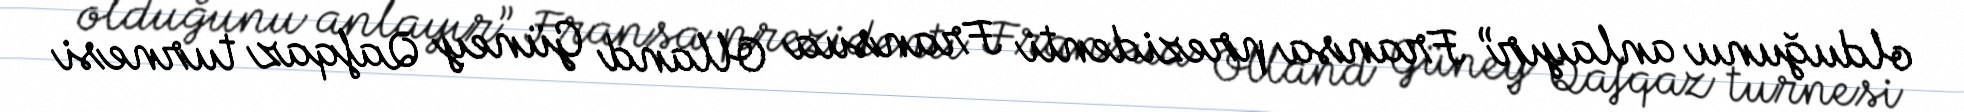
olduğunu anlayır” Fransa prezidenti Fransua Olland Güney Qafqaz turnesi